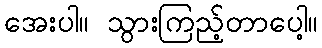
အေးပါ။ သွားကြည့်တာပေါ့။